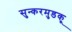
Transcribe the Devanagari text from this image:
सुन्करमुडकू